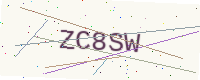
Text: ZC8SW